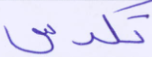
تكدس